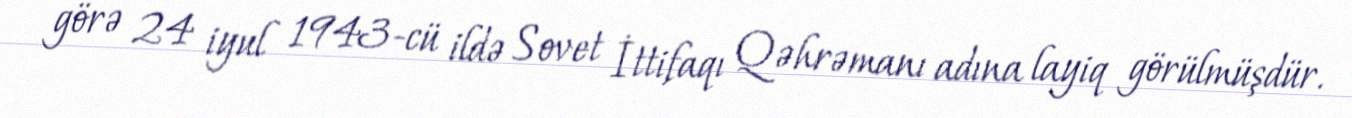
görə 24 iyul 1943-cü ildə Sovet İttifaqı Qəhrəmanı adına layiq görülmüşdür.